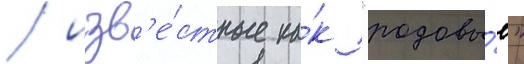
/ изв'е́стные ка́к "родовы́е"